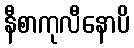
နီစာကုလီနောပိ